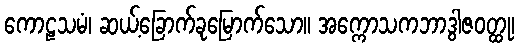
ကောဠသမံ၊ ဆယ့်ခြောက်ခုမြောက်သော။ အက္ကောသကဘာဒွါဇဝတ္ထု၊